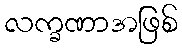
လက္ခဏာအဖြစ်